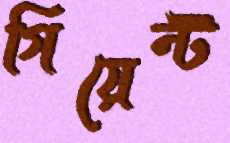
গিয়েন্ট